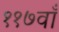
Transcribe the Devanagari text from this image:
११७वाँ